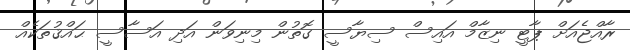
ރާއްޖެއަށް ޕާޓީ ނިޒާމް އައިސް ސިޔާސީ ގޮތުން މިނިވަން އަދި އަސާސީ ޙައްޤުތަކެއް